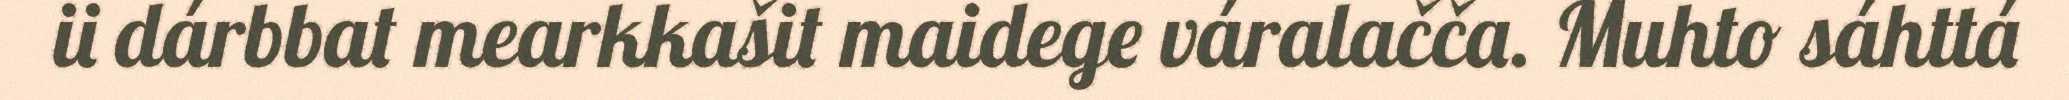
ii dárbbat mearkkašit maidege váralačča. Muhto sáhttá